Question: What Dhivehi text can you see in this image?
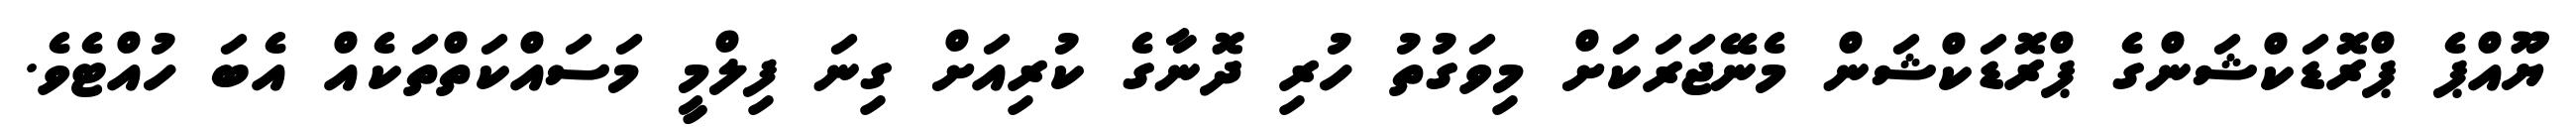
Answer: ޔޫއްޕެ ޕްރޮޑަކްޝަންގެ ޕްރޮޑަކްޝަން މެނޭޖަރަކަށް މިވަގުތު ހުރި ދޮނާގެ ކުރިއަށް ގިނަ ފިލްމީ މަސައްކަތްތަކެއް އެބަ ހުއްޓެވެ.